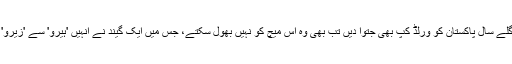
چاہے وہ اگلے سال پاکستان کو ورلڈ کپ بھی جتوا دیں تب بھی وہ اس میچ کو نہیں بھول سکتے، جس میں ایک گیند نے انہیں 'ہیرو' سے 'زیرو' بنا دیا تھا۔